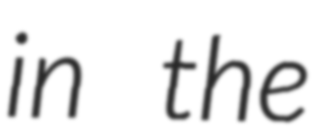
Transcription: in the